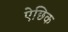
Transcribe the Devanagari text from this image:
ऐछिक